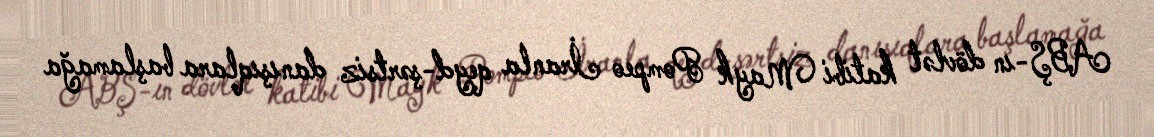
ABŞ-ın dövlət katibi Mayk Pompeo İranla qeyd-şərtsiz danışıqlara başlamağa